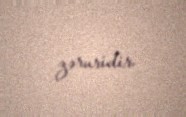
zəruridir.